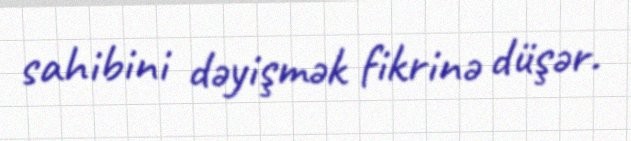
sahibini dəyişmək fikrinə düşər.